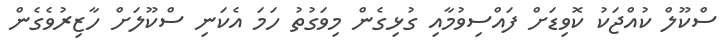
ސްކޫލް ކުއްޖަކު ކޮވިޑަށް ފައްސިވުމާއި ގުޅިގެން މިވަގުތު ހަމަ އެކަނި ސްކޫލަށް ހާޒިރުވެގެން